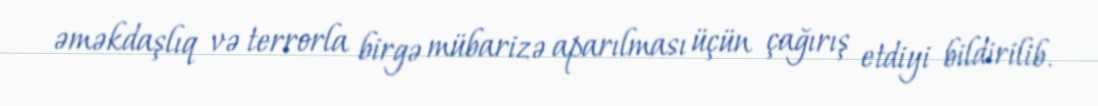
əməkdaşlıq və terrorla birgə mübarizə aparılması üçün çağırış etdiyi bildirilib.